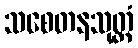
သစေတနသုတ္တံ